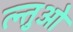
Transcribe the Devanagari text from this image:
त्न्तुओ